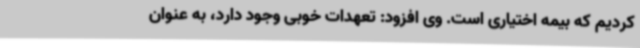
کردیم که بیمه اختیاری است. وی افزود: تعهدات خوبی وجود دارد، به عنوان